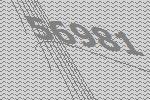
56981